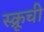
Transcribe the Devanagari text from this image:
स्क्रूची